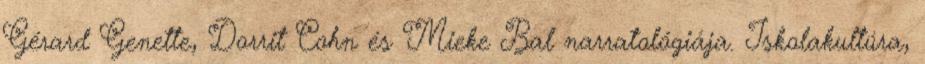
Gérard Genette, Dorrit Cohn és Mieke Bal narratológiája. Iskolakultúra,